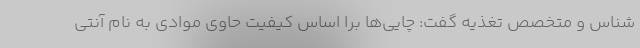
شناس و متخصص تغذیه گفت: چایی‌ها برا اساس کیفیت حاوی موادی به نام آنتی